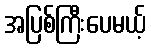
အပြစ်ကြီးပေမယ့်